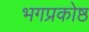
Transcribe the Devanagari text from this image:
भगप्रकोष्ठ